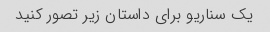
یک سناریو برای داستان زیر تصور کنید